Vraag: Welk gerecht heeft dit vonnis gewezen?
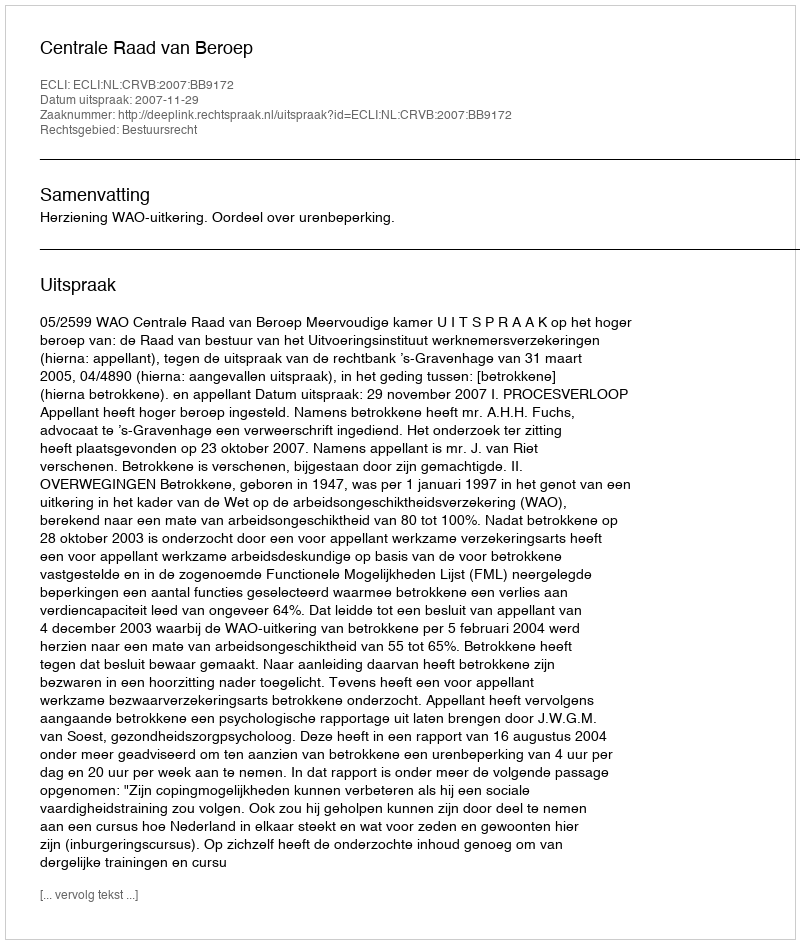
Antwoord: Centrale Raad van Beroep